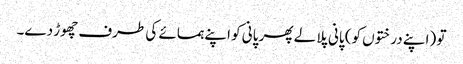
تو (اپنے درختوں کو) پانی پلا لے پھر پانی کو اپنے ہمسائے کی طرف چھوڑ دے۔